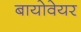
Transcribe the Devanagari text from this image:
बायोवेयर